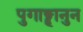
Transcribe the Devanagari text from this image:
पुगाङ्हानुन